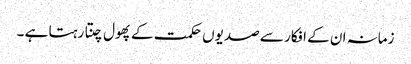
زمانہ ان کے افکار سے صدیوں حکمت کے پھول چنتا رہتا ہے ۔